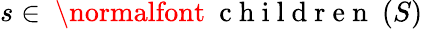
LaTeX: s\in\mathrm{~\normalfont~{~c~h~i~l~d~r~e~n~}~}(S)